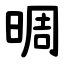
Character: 晭